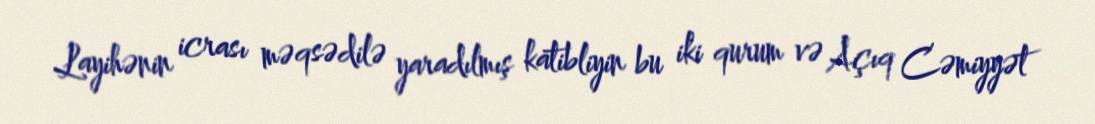
Layihənin icrası məqsədilə yaradılmış katibliyin bu iki qurum və Açıq Cəmiyyət